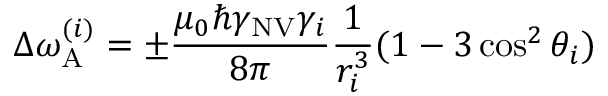
\Delta \omega _ { \mathrm { A } } ^ { ( i ) } = \pm \frac { \mu _ { 0 } \hbar \gamma _ { \mathrm { N V } } \gamma _ { i } } { 8 \pi } \frac { 1 } { r _ { i } ^ { 3 } } ( 1 - 3 \cos ^ { 2 } { \theta _ { i } } )